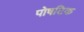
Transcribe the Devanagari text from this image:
पोषटिक